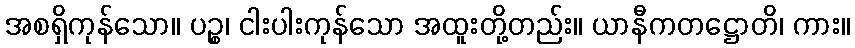
အစရှိကုန်သော။ ပဉ္စ၊ ငါးပါးကုန်သော အထူးတို့တည်း။ ယာနီကတဋ္ဌောတိ၊ ကား။